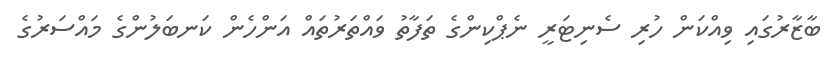
ބާޒާރުގައި ވިއްކަން ހުރި ސެނިޓަރީ ނެޕްކިންގެ ތަފާތު ވައްތަރުތައް އަންހެން ކަނބަލުންގެ މައްސަރުގެ